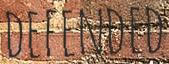
DEFENDED